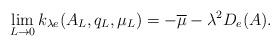
LaTeX: \begin{align*} \lim_{L\rightarrow 0} k_{\lambda e}(A_L,q_L,\mu_L)=-\overline{\mu}-\lambda^2 D_e(A).\end{align*}